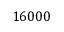
1 6 0 0 0